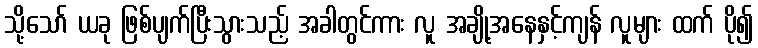
သို့သော် ယခု ဖြစ်ပျက်ပြီးသွားသည့် အခါတွင်ကား လူ အချို့အနေနှင့်ကျန် လူများ ထက် ပို၍